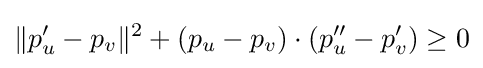
\|p'_{u}-p_{v}\|^{2}+(p_{u}-p_{v})\cdot (p''_{u}-p'_{v})\geq 0